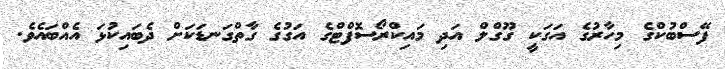
ފޭސްބުކްގެ މިހާރުގެ އަގަކީ ގޫގްލް އަދި މައިކްރޯސޮފްޓްގެ އަގުގެ ގާތްގަނޑަކަށް ދެބައިކުޅަ އެއްބައެވެ.